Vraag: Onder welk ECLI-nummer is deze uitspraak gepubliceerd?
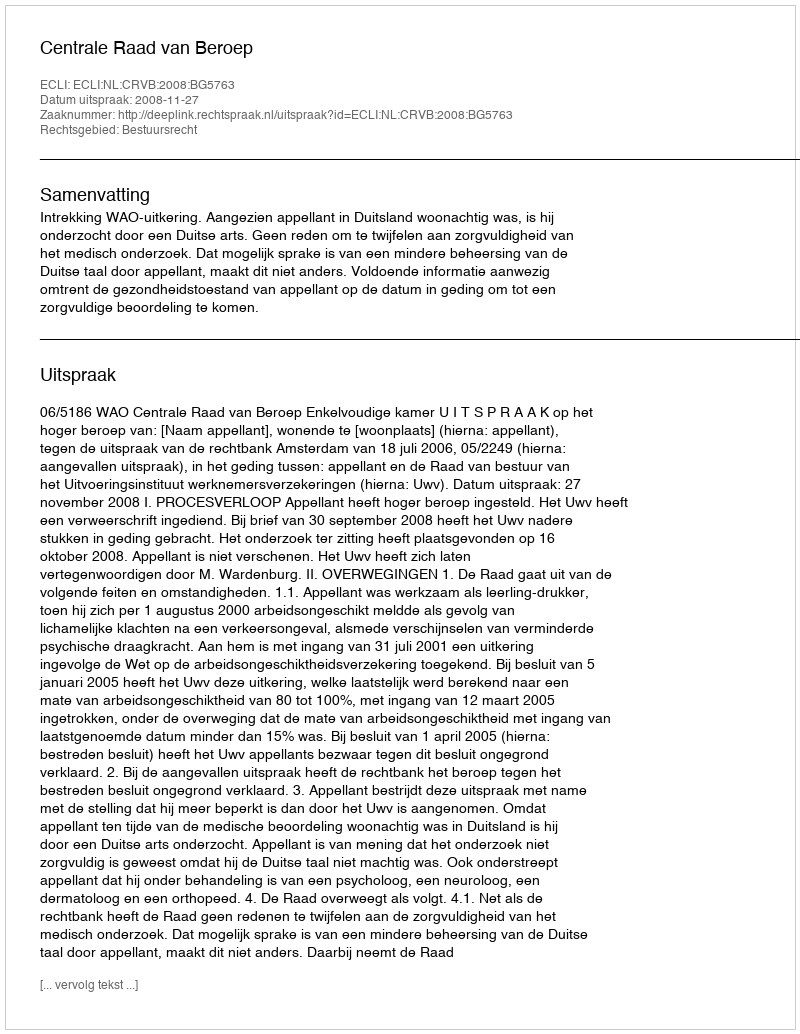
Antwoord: ECLI:NL:CRVB:2008:BG5763